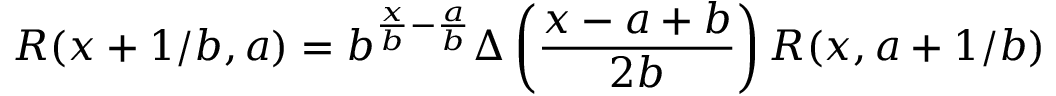
\cal R ( x + 1 / b , a ) = b ^ { \frac x b - \frac a b } \Delta \left( \frac { x - a + b } { 2 b } \right) \cal R ( x , a + 1 / b )